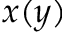
x ( y )